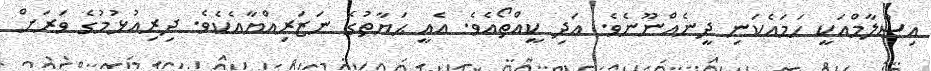
އިސްލާމްއަކީ ހަމައެކަނި ދީނެއްނޫނެވެ. އަދި ކީއްތޯއެވެ. އެއީ ޙަޔާތުގެ ނަޒަރިއްޔާއެކެވެ. ދިރިއުޅުމުގެ ވަރަށް